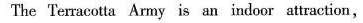
The Terracotta Aruy is an indoor attraction,